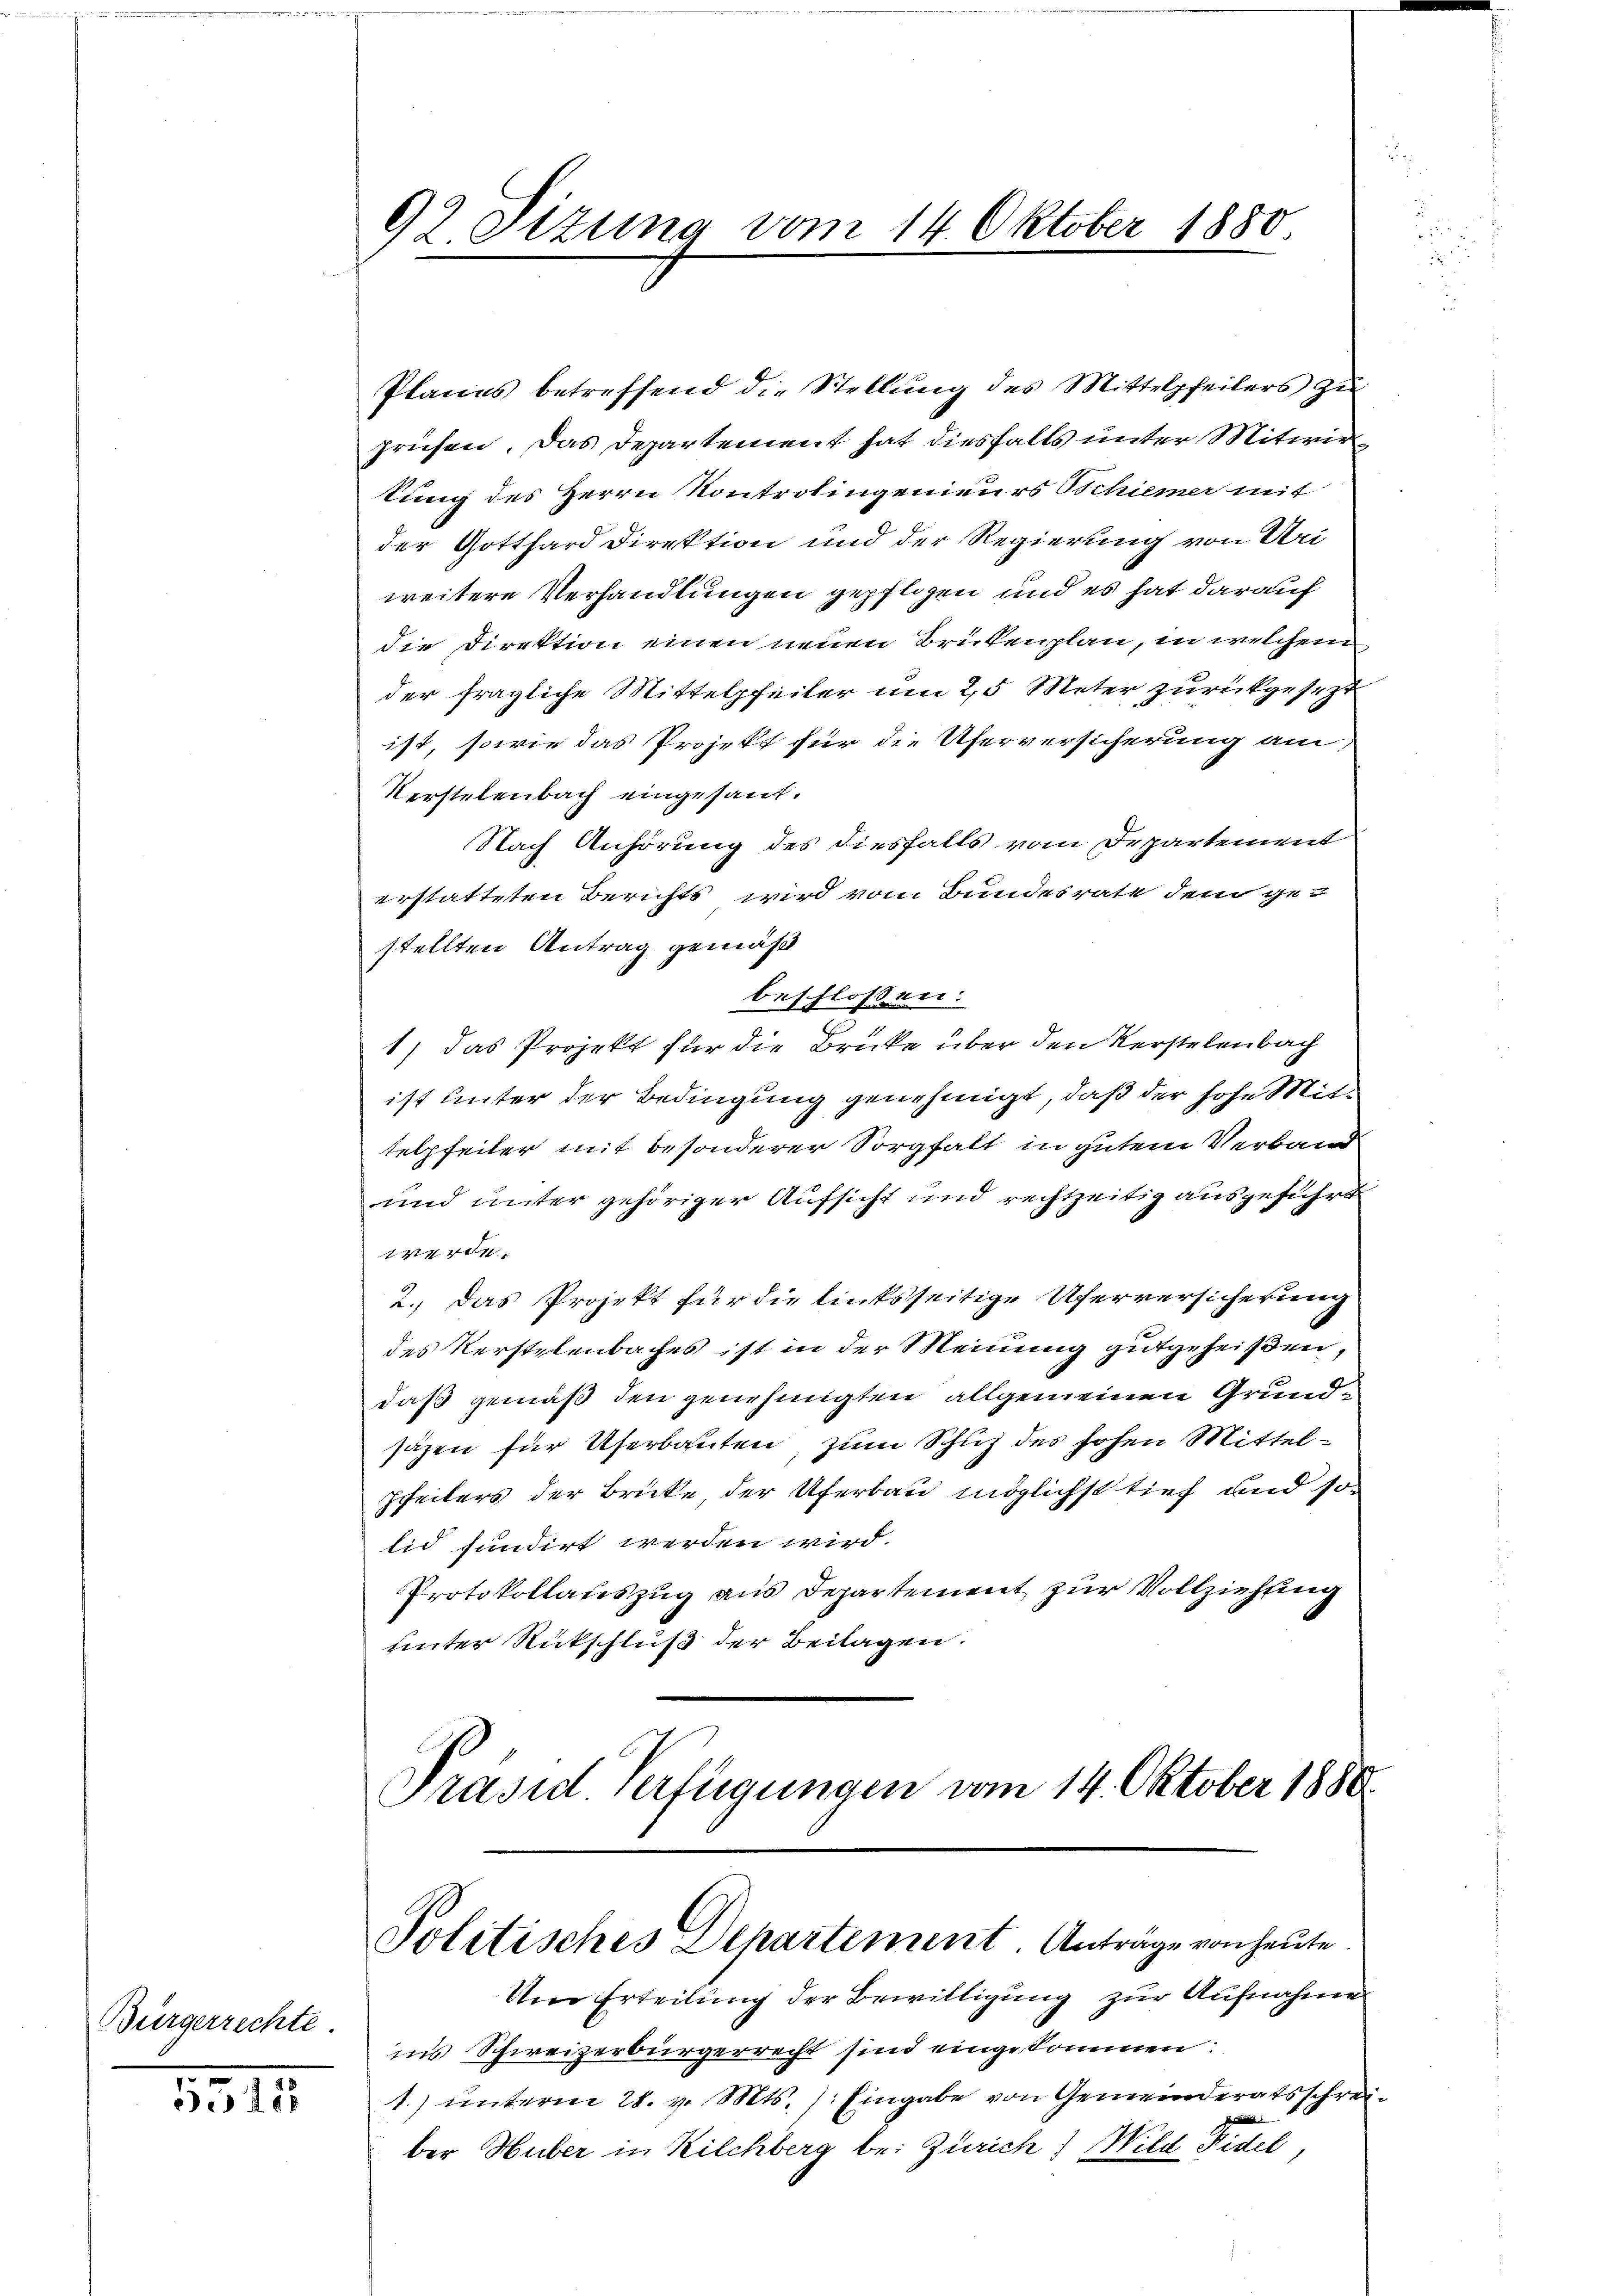
Bürgerrechte

5545

92 Sizung vom 14. Oktober 1880

Planes betreffend die Stellung des Mittelpfeilers zu
prüfen. Das Departement hat diesfalls unter Mitwirtung des Herrn Kontrolingenieurs Schiemer mit
der Gotthard Direktion und der Regierung von Uri
weitere Verhandlungen gepflogen und es hat darauf
die Direktion einen neuen Brükenplan, in welchem
der fragliche Mittelpfeiler um 25 Meter zurückgesezt
ist, sowie das Projekt für die Uferversicherung am
Verstelenbach eingesant.
Nach Anhörung des diesfalls vom Departement
erstatteten Berichts wird vom Bundesrate dem ge-
stellten Antrag gemäß
beschlossen:
1) das Projekt für die Brücke über den Verstelenbach
ist unter der Bedingung genehmigt, daß der hohe Mittelpfeiter mit besonderer Sorgfalt in gutem Verband
und unter gehöriger Aufsicht und rechtzeitig ausgeführt
0x
2. Das Projekt für die linksseitige Uferversicherung
des Verstelenbaches ist in der Meinung gutgeheißen,
daß gemäß den genehmigten allgemeinen Grundsäzen für Uferbauten, zum Schuz des hohen Mittelsheiters der Brücke der Uferbau möglichst tief und so
lid fundirt werden wird.
Protokollauszug aus Departement zur Vollziehung
unter Rückschluß der Beilagen.
Präsid. Verfügungen vom 14. Oktober 1880.

Um Erteilung der Bewilligung zur Aufnahme
ins Schweizerbürgerrecht sind eingekommen:
1.) unterm 28. v. Mts. ). Eingabe von Gemeinderatsschrei¬

ber Huber in Kilchberg bei Zürich) Wild Fidel

Politisches Departement. Anträge von heute